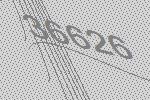
36626